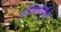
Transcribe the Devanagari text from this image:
पतिव्रतादर्शनी